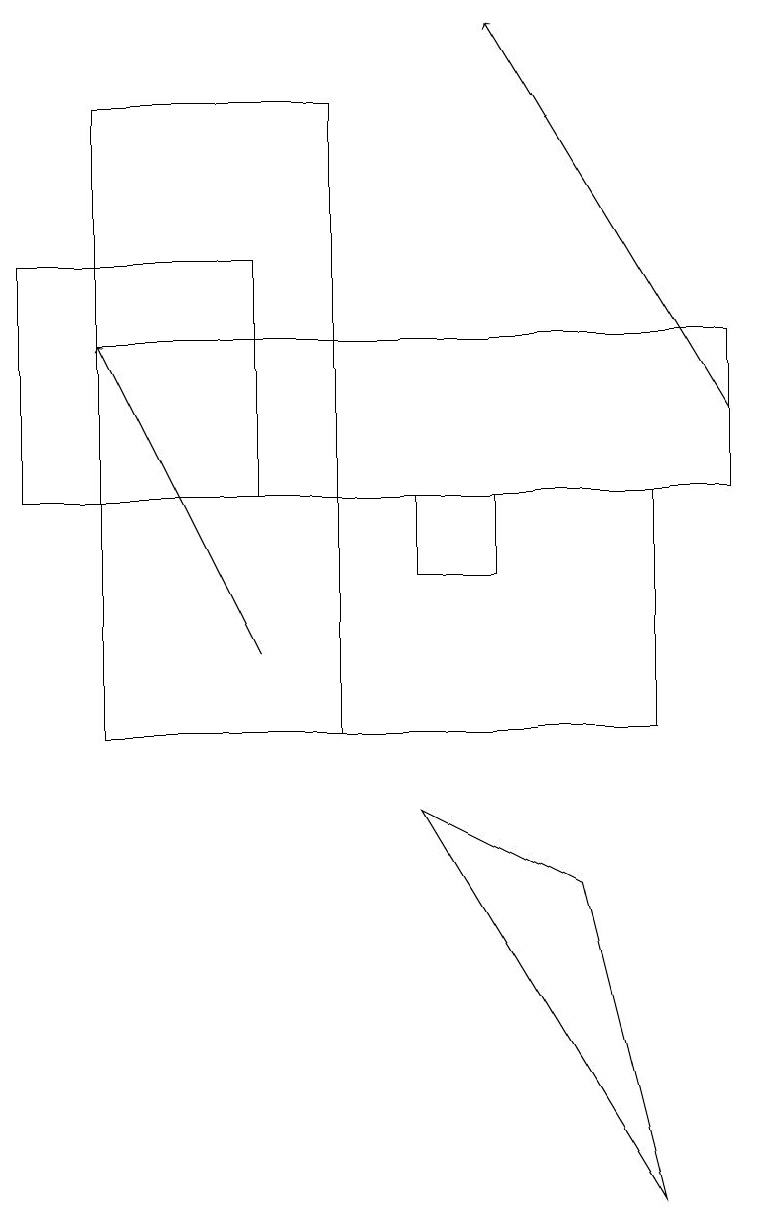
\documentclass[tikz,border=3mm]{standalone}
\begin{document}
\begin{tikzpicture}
\draw (8,4) -- (7,8) -- (5,9) -- cycle;
\draw (1,13) rectangle (9,15);
\draw (1,10) rectangle (8,13);
\draw (0,13) rectangle (3,16);
\draw (5,13) rectangle (6,12);
\draw[->] (3,11) -- (1,15);
\draw[->] (9,14) -- (6,19);
\draw (1,10) rectangle (4,18);
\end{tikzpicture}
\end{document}